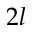
2 l